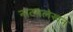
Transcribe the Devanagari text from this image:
नाटय़लेखन